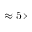
\approx 5 \times